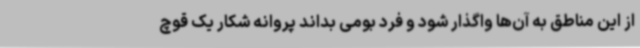
از این مناطق به آن‌ها واگذار شود و فرد بومی بداند پروانه شکار یک قوچ